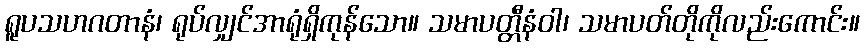
ရူပသဟဂတာနံ၊ ရုပ်လျှင်အာရုံရှိကုန်သော။ သမာပတ္တီနံဝါ၊ သမာပတ်တိုကိုလည်းကောင်း။